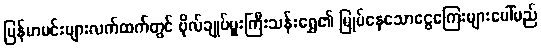
မြန်မာမင်းများလက်ထက်တွင် ဗိုလ်ချုပ်မှူးကြီးသန်းရွှေ၏ မြုပ်နေသောငွေကြေးများပေါ်မည်